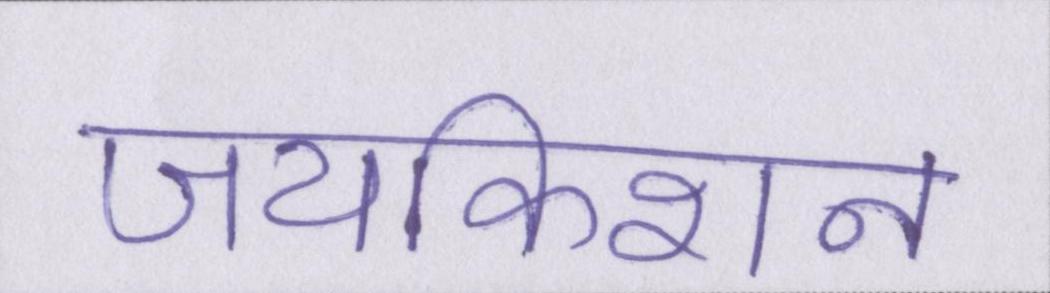
जयकिशन